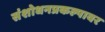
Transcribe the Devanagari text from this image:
संशोधनप्रकल्पावर